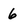
Character: 6